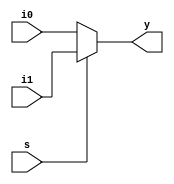
`timescale 1ns / 1ps

module mux(i0,i1,s,y);
input i0,i1,s;
output reg y;
always @(*) begin
	if(s) 
		y<=i1; 
	else
		y<=i0;
end
endmodule